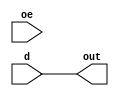
module buff#(parameter WIDTH = 4)(
        input oe,
        input [WIDTH-1:0] d,
        output reg[WIDTH-1:0] out
    );
    
    always@(oe)
        begin
            out = d;
        end
endmodule